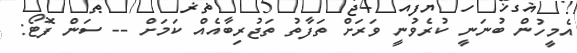
އެމީހުން ބުނަނީ ކުރެވުނީ ވަރަށް ތަފާތު ތަޖުރިބާއެއް ކަމަށް -- ސަން ފޮޓޯ: